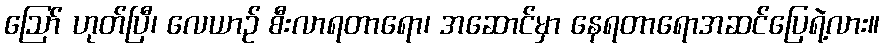
ဪ ဟုတ်ပြီ၊ လေယာဉ် စီးလာရတာရော၊ အဆောင်မှာ နေရတာရောအဆင်ပြေရဲ့လား။